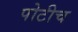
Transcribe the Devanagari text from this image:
पोटीच